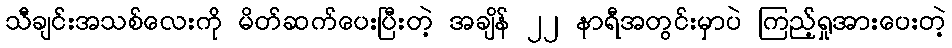
သီချင်းအသစ်လေးကို မိတ်ဆက်ပေးပြီးတဲ့ အချိန် ၂၂ နာရီအတွင်းမှာပဲ ကြည့်ရှုအားပေးတဲ့